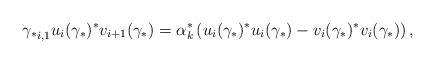
LaTeX: \begin{align*}{{\gamma _*} _{i,1}}u_i({\gamma _*} )^*{v_{i + 1}}({\gamma _*} ) = \alpha_k^*\left( {u_i({\gamma _*} )^*{u_i}({\gamma _*} ) - v_i({\gamma _*} )^*{v_i}({\gamma _*} )} \right),\end{align*}